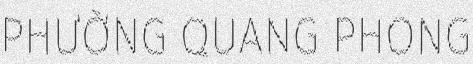
PHƯỜNG QUANG PHONG